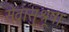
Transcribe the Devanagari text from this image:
सेवासुश्रूषा